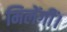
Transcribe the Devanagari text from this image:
मिलेंगीं।